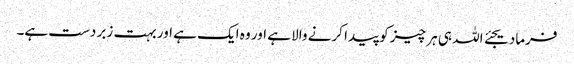
فرمادیجئے اللہ ہی ہر چیز کو پیدا کرنے والا ہے اور وہ ایک ہے اور بہت زبر دست ہے۔